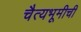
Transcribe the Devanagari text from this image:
चैत्यभूमीची